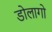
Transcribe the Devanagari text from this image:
डोलागो